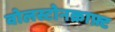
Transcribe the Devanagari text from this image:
वोलस्टोनक्राफ़्ट